Lunatic asylums in Bengal annual reports 1888-1898 - 1888-1898
Year: 1888
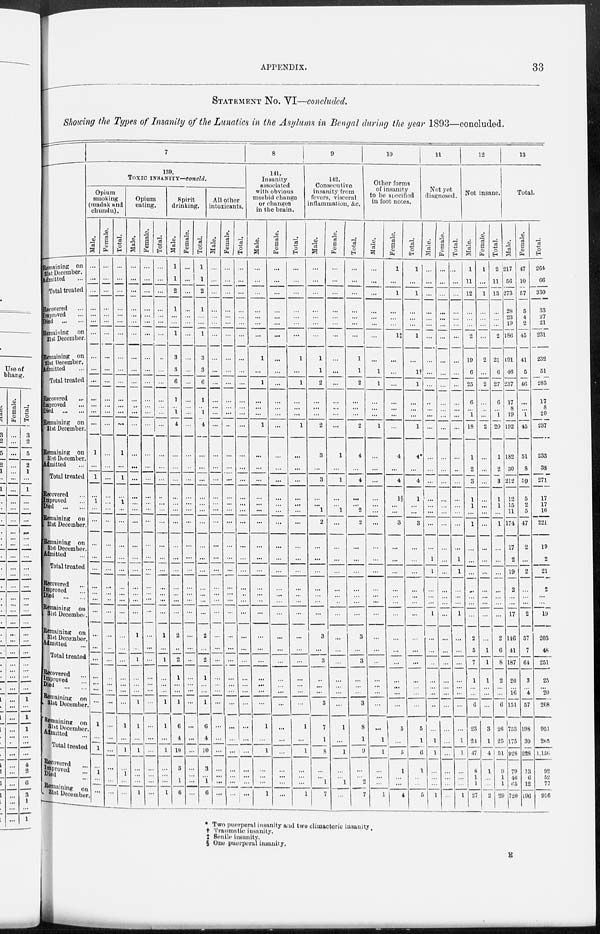
APPENDIX.
33
STATEMENT No. VI—concluded.
Showing the Types of Insanity of the Lunatics in the Asylums in Bengal during the year 1893—concluded.
Remaining on
31st December.
Admitted ...
Total treated
Recovered ...
Improved ...
Died ... ...
Remaining on
31st December.
Remaining on
31st December.
Admitted ...
Total treated
Recovered ...
Improved ...
Died ... ...
Remaining on
31st December.
Remaining on
31st December.
Admitted ...
Total treated
Recovered ...
Improved ...
Died ... ...
Remaining on
31st December.
Remaining on
31st December.
Admitted ...
Total treated
Recovered ...
Improved ...
Died
...
...
Remaining on
31st December.
Remaining on
31st December.
Admitted ...
Total treated
Recovered ...
Improved ...
Died ...
Remaining on
31st December.
Remaining on
31st December.
Admitted ...
Total treated
Recovered ...
Improved ...
Died ...
Remaining on
31st December.
7
139.
TOXIC INSANITY—concld.
Opium
smoking
(madak and
chundu).
Male.
...
...
...
...
...
...
...
...
...
...
...
...
...
...
1
...
1
...
1
...
...
...
...
...
...
...
...
...
...
...
...
...
...
...
...
1
...
1
...
1
...
...
Female.
...
...
...
...
...
...
...
...
...
...
...
...
...
...
...
...
...
...
...
...
...
...
...
...
...
...
...
...
...
...
...
...
...
...
...
...
...
...
...
...
...
...
Total.
...
...
...
...
...
...
...
...
...
...
...
...
...
...
1
...
1
...
1
...
...
...
...
...
...
...
...
...
...
...
...
...
...
...
...
1
...
1
...
1
...
...
Opium
eating.
Male.
...
...
...
...
...
...
...
...
...
...
...
...
...
...
...
...
...
...
...
...
...
...
...
...
...
...
...
...
1
...
1
...
...
...
1
1
...
1
...
...
...
1
Female.
...
...
...
. . .
...
...
...
...
...
...
...
...
...
...
...
...
...
...
...
...
...
...
...
...
...
...
...
...
...
...
...
...
...
...
...
...
...
...
...
...
...
...
Total.
...
...
...
...
...
...
...
...
...
...
...
...
...
...
...
...
...
...
...
...
...
...
...
...
...
...
...
...
1
...
1
...
...
...
1
1
...
1
...
...
...
1
Spirit
drinking.
Male.
1
1
2
1
...
...
1
3
3
6
1
...
1
4
...
...
...
...
...
...
...
...
...
...
...
...
...
...
2
...
2
1
...
...
1
6
4
10
3
...
1
6
Female.
...
...
...
...
...
...
...
...
...
...
...
...
...
...
...
...
...
...
...
...
...
...
...
...
...
...
...
...
...
...
...
...
...
...
...
...
...
...
...
...
...
...
Total.
1
1
2
1
...
...
1
3
3
6
1
...
1
4
...
...
...
...
...
...
...
...
...
...
...
...
...
...
2
...
2
1
...
...
1
6
4
10
3
...
1
6
All other
intoxicants.
Male.
...
...
...
...
...
...
...
...
...
...
...
...
...
...
...
...
...
...
...
...
...
...
...
...
...
...
...
...
...
...
...
...
... ...
...
...
...
...
...
...
...
...
Female.
...
...
...
...
...
...
...
...
...
...
...
...
...
...
...
...
...
...
...
...
...
...
...
...
...
...
...
...
...
...
...
...
...
...
...
...
...
...
...
...
...
...
Total.
...
...
...
...
...
...
...
...
...
...
...
...
...
...
...
...
...
...
...
...
...
...
...
...
...
...
...
...
...
...
...
...
...
...
...
...
...
...
...
...
...
...
8
141.
Insanity
associated
with obvious
morbid change
or changes
in the brain.
Male.
...
...
...
...
...
...
...
1
...
1
...
...
...
1
...
...
...
...
...
...
...
...
...
...
...
...
...
...
...
...
...
...
...
...
...
1
...
1
...
...
...
1
Female.
...
...
...
...
...
...
...
...
...
...
...
...
...
...
...
...
...
...
...
...
...
...
...
...
...
...
...
...
...
...
...
...
... ...
...
...
...
...
...
...
...
...
Total.
...
...
...
...
...
...
...
1
...
1
...
...
...
1
...
...
...
...
...
...
...
...
...
...
...
...
...
...
...
...
...
...
...
...
...
1
...
1
...
...
...
1
9
142.
Consecutive
insanity from
fevers, visceral
inflammation, &c.
Male.
...
...
...
...
...
...
...
1
1
2
...
...
...
2
3
...
3
...
...
1
2
...
...
...
...
...
...
...
3
...
3
...
...
...
3
7
1
8
...
...
1
7
Female.
...
...
...
...
...
...
...
...
...
...
...
...
...
...
1
...
1
...
...
1
...
...
...
...
...
...
...
...
...
...
...
...
...
...
...
1
...
1
...
...
1
...
Total.
...
...
...
...
...
...
...
1
1
2
...
...
...
2
4
...
4
...
...
2
2
...
...
...
...
...
...
...
3
...
3
...
...
...
3
8
1
9
...
...
2
7
10
Other forms
of insanity
to be specified
in foot notes.
Male.
...
...
...
...
...
...
...
...
1
1
...
...
...
1
...
...
...
...
...
...
...
...
...
...
...
...
...
...
...
...
...
...
...
...
...
...
1
1
...
...
...
1
Female.
1
...
1
...
...
...
1‡
...
...
...
...
...
...
...
4
...
4
1§
...
...
3
...
...
...
...
...
...
...
...
...
...
...
...
...
...
5
...
5
1
...
...
4
Total.
1
...
1
...
...
...
1
...
1‡
1
...
...
...
1
4*
...
4
1
...
...
3
...
...
...
...
...
...
...
...
...
...
...
...
...
...
5
1
6
1
...
...
5
11
Not yet
diagnosed.
Male.
...
...
...
...
...
...
...
...
...
...
...
...
...
...
...
...
...
...
...
...
...
...
1
1
...
...
...
1
...
...
...
...
... ...
...
...
1
1
...
...
...
1
Female.
...
...
...
...
...
...
...
...
...
...
...
...
...
...
...
...
...
...
...
...
...
...
...
...
...
...
...
...
...
...
...
...
...
...
...
...
..
...
...
...
...
...
Total.
...
...
...
...
...
...
...
...
...
...
...
...
...
...
...
...
...
...
...
...
1
1
...
...
...
1
...
...
...
...
...
...
...
...
1
1
...
...
...
1
12
Not insane.
Male.
1
11
12
...
...
...
2
19
6
25
6
...
1
18
1
2
3
1
1
...
1
...
...
...
...
...
...
...
2
5
7
1
...
...
6
23
24
47
8
1
1
27
Female.
1
...
1
...
...
...
...
2
...
2
...
...
...
2
...
...
...
...
...
...
...
...
...
...
...
...
...
...
...
1
1
1
...
...
...
3
1
4
1
...
...
2
Total.
2
11
13
...
...
...
2
21
6
27
6
...
1
20
1
2
3
1
1
...
1
...
...
...
...
...
...
...
2
6
8
2
... ...
6
26
25
51
9
1
1
29
13
Total.
Male.
217
56
273
28
23
19
186
191
46
237
17
8
19
192
182
30
212
12
15
11
171
17
2
19
2
...
...
17
146
41
187
20
...
16
151
753
175
928
79
46
65
720
Female.
47
10
57
5
4
2
45
41
5
46
...
...
1
45
51
8
59
5
2
5
47
2
...
2
...
...
...
2
57
7
64
3
... 4
57
198
30
228
13
6
12
196
Total.
264
66
330
33
27
21
231
232
51
283
17
8
20
237
233
38
271
17
17
16
221
19
2
21
2
...
...
19
203
48
251
23
...
20
208
951
205
1,156
92
52
77
916
* Two puerperal insanity and two climacteric insanity.
† Traumatic insanity.
‡ Senile insanity.
§ One puerperal insanity.
E